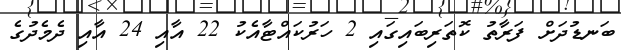
ބަނޑުދަށް ފަރާތު ކޮތަރިބައިގައި 2 ހަރުކައްޓާއެކު 22 އާއި 24 އާއި ދެމެދުގެ